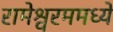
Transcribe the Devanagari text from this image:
रामेश्वरममध्ये